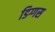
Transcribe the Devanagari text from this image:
डिग्गस